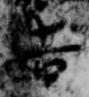
吉